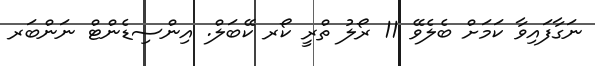
ނަގާފައިވާ ކަމަށް ބެލެވޭ 11 ރޯލު ތްރީ ކޯރ ކޭބަލް. އިންސިޑެންޓް ނަންބަރ